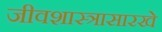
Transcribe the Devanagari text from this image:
जीवशास्त्रासारखे